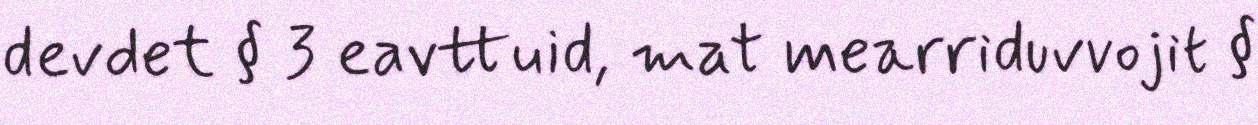
devdet § 3 eavttuid, mat mearriduvvojit §